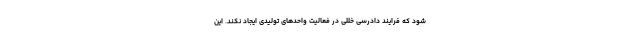
شود که فرایند دادرسی خللی در فعالیت واحدهای تولیدی ایجاد نکند. این